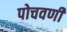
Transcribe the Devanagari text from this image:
पोचवणी